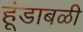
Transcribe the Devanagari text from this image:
हूंडाबळी